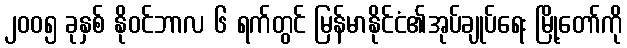
၂၀၀၅ ခုနှစ် နိုဝင်ဘာလ ၆ ရက်တွင် မြန်မာနိုင်ငံ၏အုပ်ချုပ်ရေး မြို့တော်ကို